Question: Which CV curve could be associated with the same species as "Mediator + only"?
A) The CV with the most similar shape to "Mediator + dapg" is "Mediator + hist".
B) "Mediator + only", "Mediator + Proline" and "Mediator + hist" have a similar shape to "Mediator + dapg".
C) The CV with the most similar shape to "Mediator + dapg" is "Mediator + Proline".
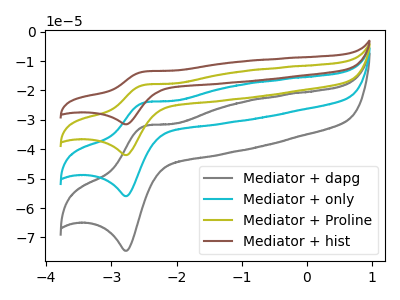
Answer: <think>The gray curve "Mediator + dapg" has an anodic peak at (-2.50V, -32.10uA) and a cathodic peak at (-2.75V, -74.55uA). The cyan curve "Mediator + only" has an anodic peak at (-2.50V, -24.10uA) and a cathodic peak at (-2.75V, -55.95uA). The olive curve "Mediator + Proline" has an anodic peak at (-2.50V, -48.15uA) and a cathodic peak at (-2.75V, -111.90uA). The brown curve "Mediator + hist" has an anodic peak at (-2.50V, -72.25uA) and a cathodic peak at (-2.75V, -167.85uA).
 All the peaks in "Mediator + dapg" have a peak in "Mediator + only" at the same potential. All the peaks in "Mediator + dapg" have a peak in "Mediator + Proline" at the same potential. All the peaks in "Mediator + dapg" have a peak in "Mediator + hist" at the same potential. All the peaks in "Mediator + only" have a peak in "Mediator + Proline" at the same potential. All the peaks in "Mediator + only" have a peak in "Mediator + hist" at the same potential. All the peaks in "Mediator + Proline" have a peak in "Mediator + hist" at the same potential.</think>
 <answer>B) "Mediator + only", "Mediator + Proline" and "Mediator + hist" have a similar shape to "Mediator + dapg".</answer>
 <eval>B</eval>